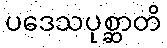
ပဒေသပုစ္ဆာတိ